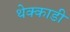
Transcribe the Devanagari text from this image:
थेक्काडी